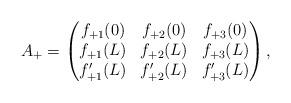
LaTeX: \begin{align*}&A_{+}=\begin{pmatrix}f_{+1}(0) & f_{+2}(0) & f_{+3}(0)\\f_{+1}(L) & f_{+2}(L) & f_{+3}(L)\\f_{+1}'(L) & f_{+2}'(L) & f_{+3}'(L)\end{pmatrix},\end{align*}